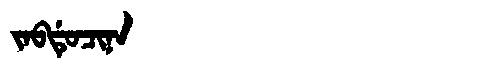
Manchu: ᠵᠠᠪᡩᡠᠴᡳᠨᠠ
Romanization: JABDUCINA